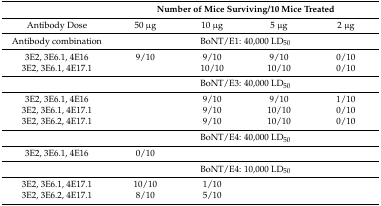
|  | <COLSPAN=4> Number of Mice Surviving/10 Mice Treated |
 | --- | --- | --- | --- | --- |
 | Antibody Dose | 50 μg | 10 μg | 5 μg | 2 μg |
 | Antibody combination | <COLSPAN=4> BoNT/E1: 40,000 LD50 |
 | 3E2, 3E6.1, 4E16 | 9/10 | 9/10 | 9/10 | 0/10 |
 | 3E2, 3E6.1, 4E17.1 |  | 10/10 | 10/10 | 0/10 |
 |  | <COLSPAN=4> BoNT/E3: 40,000 LD50 |
 | 3E2, 3E6.1, 4E16 |  | 9/10 | 9/10 | 1/10 |
 | 3E2, 3E6.1, 4E17.1 |  | 9/10 | 10/10 | 0/10 |
 | 3E2, 3E6.2, 4E17.1 |  | 9/10 | 10/10 | 0/10 |
 |  | <COLSPAN=4> BoNT/E4: 40,000 LD50 |
 | 3E2, 3E6.1, 4E16 | 0/10 |  |  |  |
 |  | <COLSPAN=4> BoNT/E4: 10,000 LD50 |
 | 3E2, 3E6.1, 4E17.1 | 10/10 | 1/10 |  |  |
 | 3E2, 3E6.2, 4E17.1 | 8/10 | 5/10 |  |  |